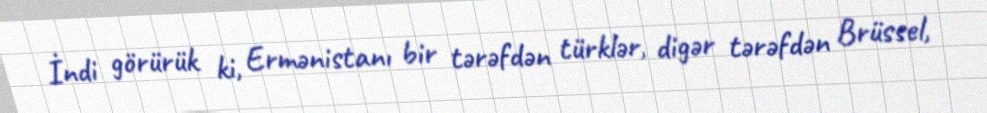
İndi görürük ki, Ermənistanı bir tərəfdən türklər, digər tərəfdən Brüssel,